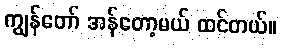
ကျွန်တော် အန်တော့မယ် ထင်တယ်။